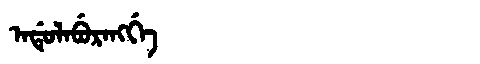
Manchu: ᠠᡩᡠᠯᠠᠪᡠᡵᠠᠩᡤᡝ
Romanization: ADULABURANGGE